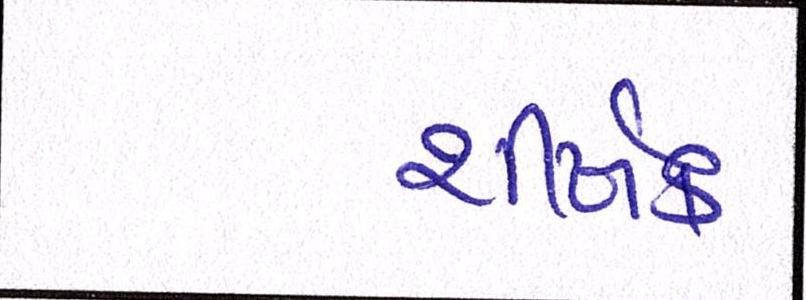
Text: શીર્ષક